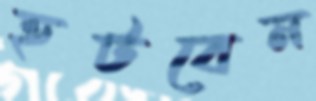
হটবেন